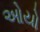
ઓયો